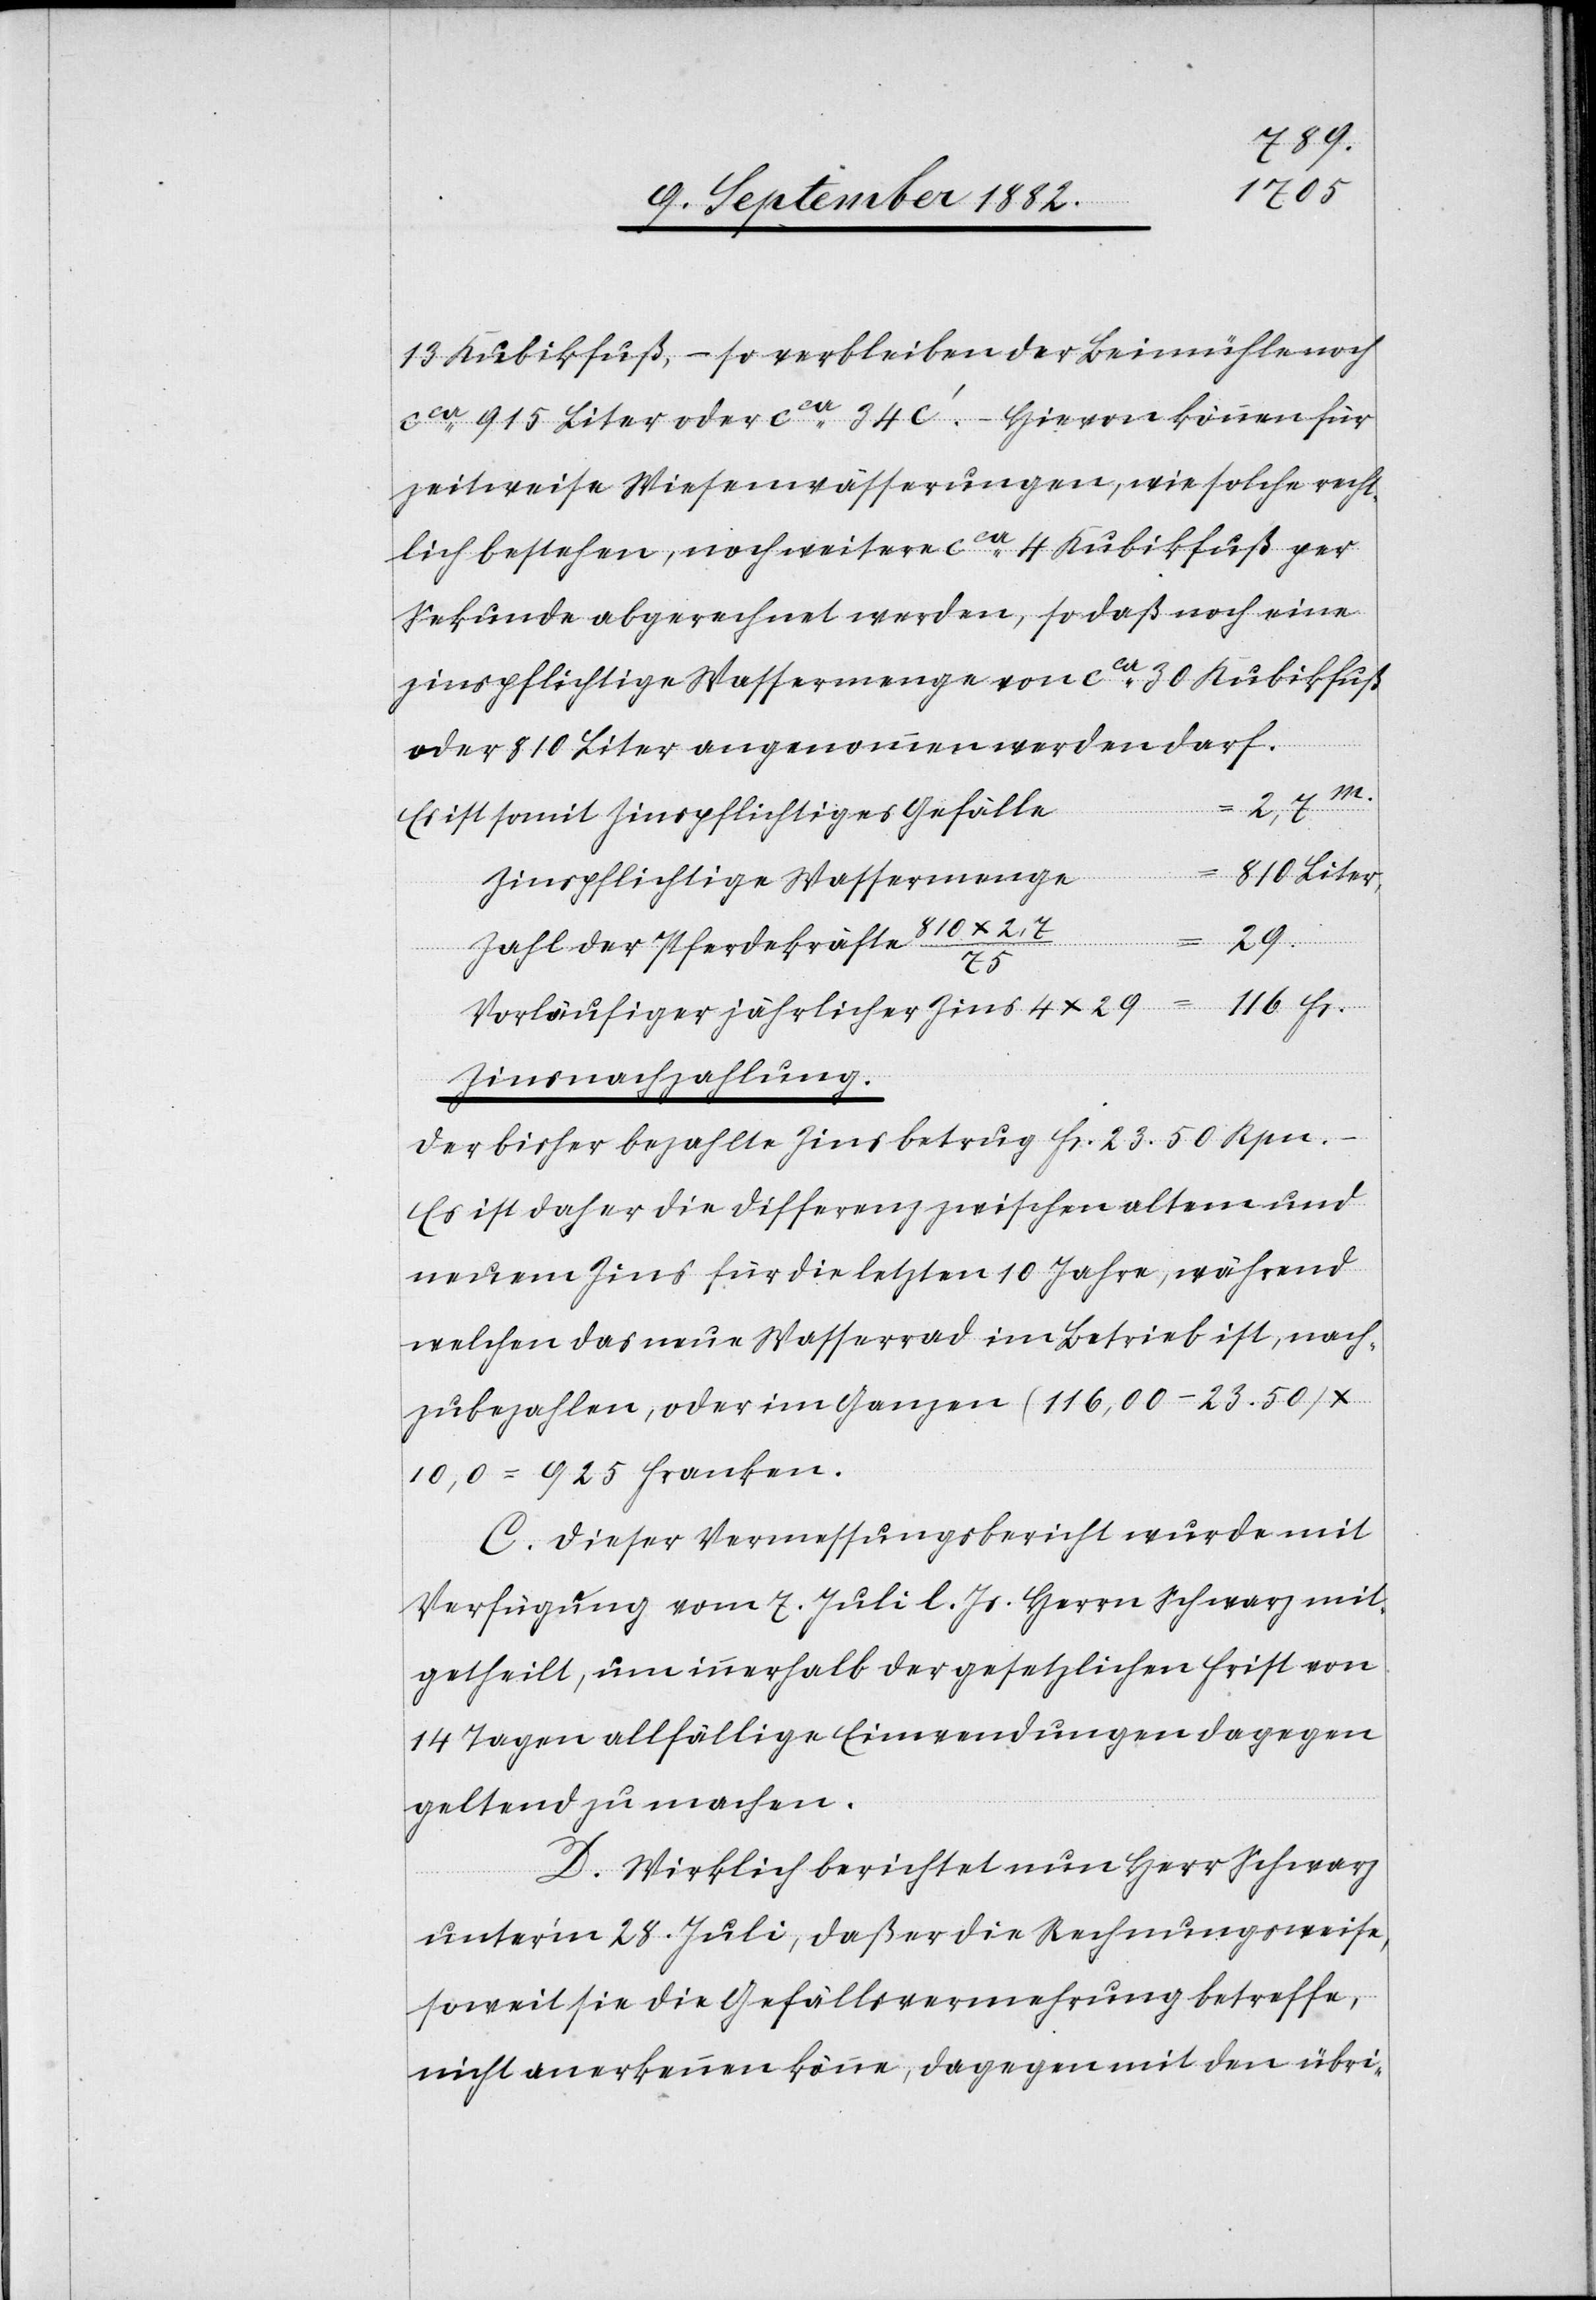
13 Kubikfuß, – so verbleiben der Beimühle noch
ca 915 Liter oder ca 34c‘. – Hievon können für
zeitweise Wiesenwässerungen, wie solche recht¬
lich bestehen, noch weitere ca 4 Kubikfuß per
Sekunde abgerechnet werden, so daß noch eine
zinspflichtige Wassermenge von ca 30 Kubikfuß
oder 810 Liter angenommen werden darf.
Es ist somit Zinspflichtiges Gefälle
Zinspflichtige Wassermenge
Liter
Zahl der Pferdekräfte 810 x
29
Vorläufiger jährlicher Zins 4 x 29
Zinsnachzahlung.
.
Der bisher bezahlte Zins betrug Fr. 23. 50 Rpn.
Es ist daher die Differenz zwischen altem und
neuem Zins für die letzten 10 Jahre, während
welchen das neue Wasserrad im Betrieb ist, nach¬
zubezahlen, oder im Ganzen (116,000 – 23.50)
10,0 = 925 Franken.
C. Dieser Vermessungsbericht wurde mit
Verfügung vom 7. Juli l. Js. Herrn Schwarz mit¬
getheilt, um innerhalb der gesetzlichen Frist von
14 Tagen allfällige Einwendungen dagegen
geltend zu machen.
D. Wirklich berichtet nun Herr Schwarz
unter’m 28. Juli, daß er die Rechnungsweise,
soweit sie die Gefällsvermehrung betreffe,
nicht anerkennen könne, dagegen mit den übri-